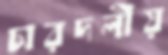
চারদলীয়